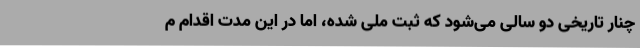
چنار تاریخی دو سالی می‌شود که ثبت ملی شده، اما در این مدت اقدام م